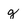
Character: g